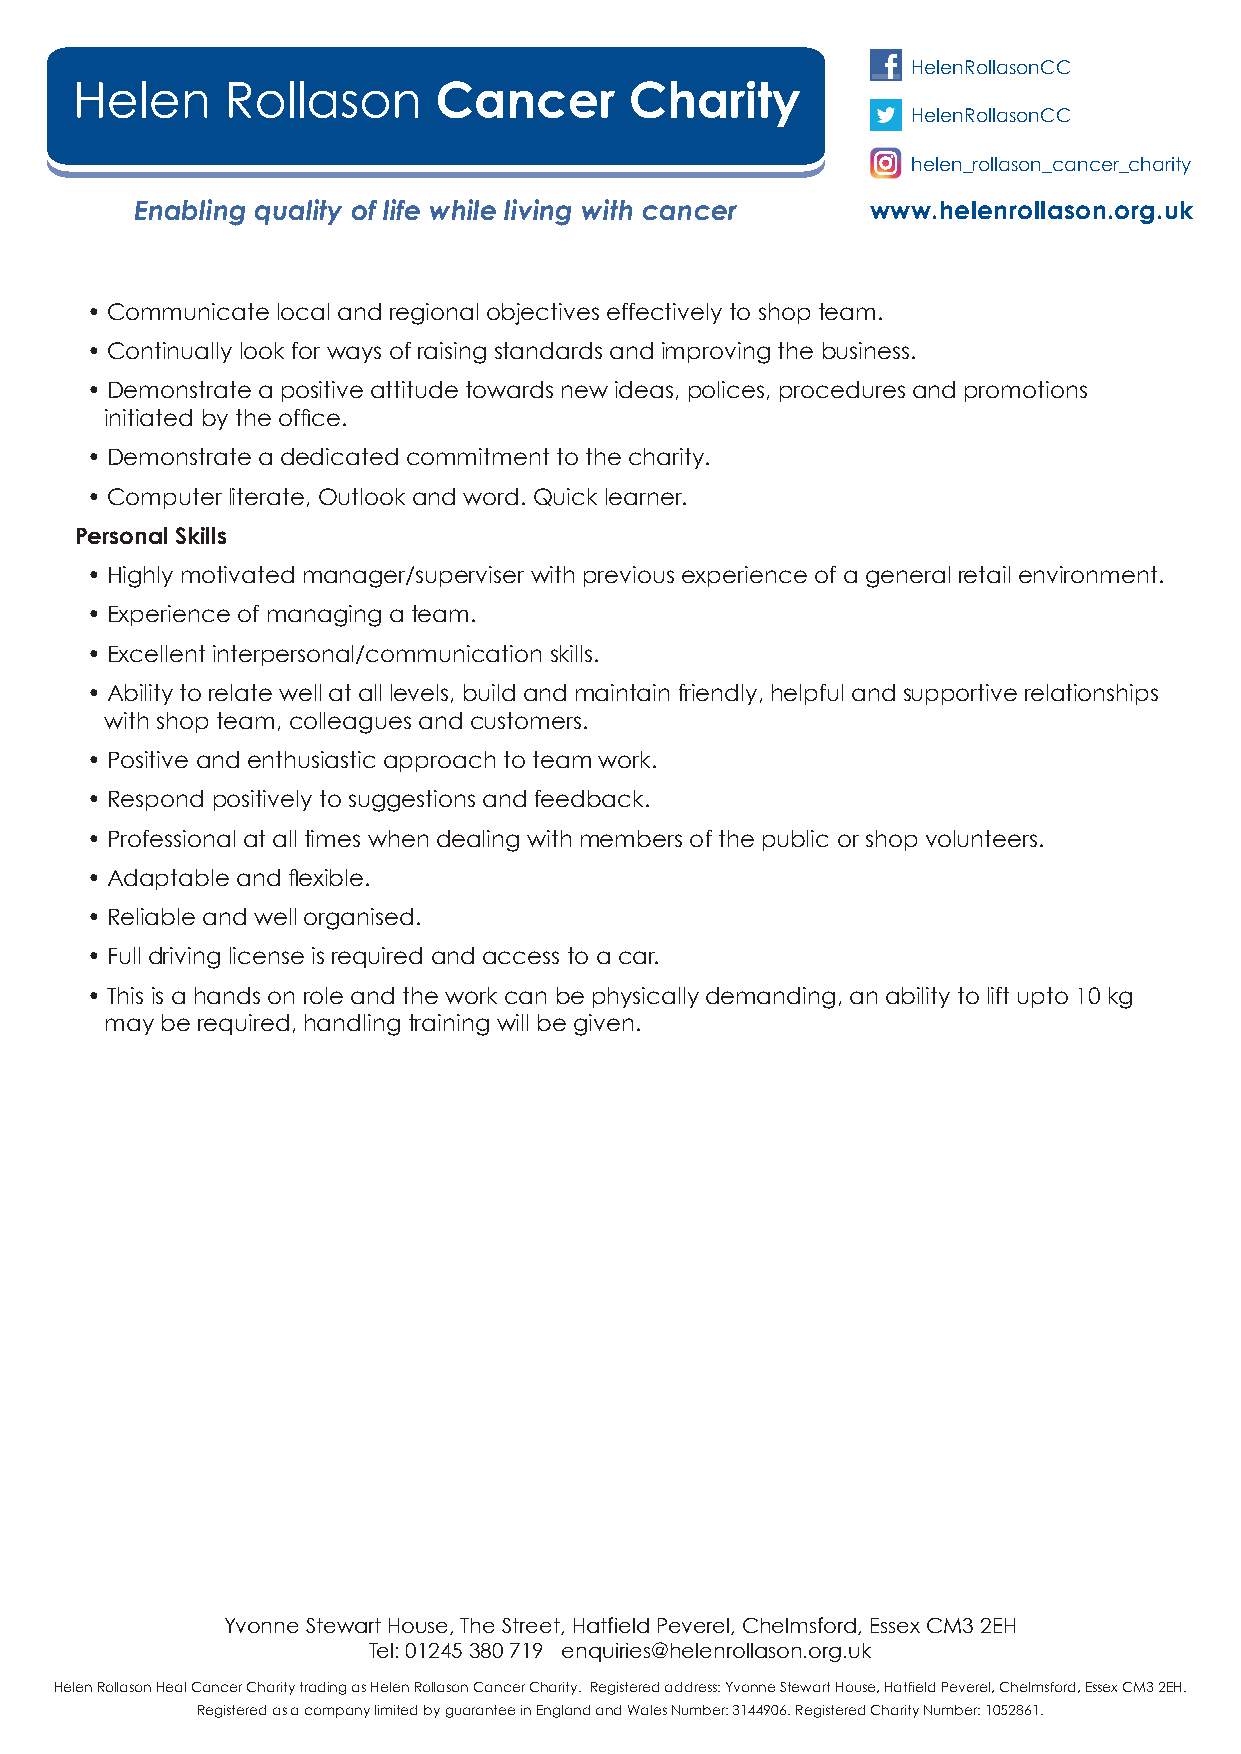
HelenRollasonCC
 HelenRollasonCC
 helen_rollason_cancer_charity
 Enabling quality of life while living with cancer www.helenrollason.org.uk
 • Communicate local and regional objectives effectively to shop team.
 • Continually look for ways of raising standards and improving the business.
 • Demonstrate a positive attitude towards new ideas, polices, procedures and promotions
 initiated by the office.
 • Demonstrate a dedicated commitment to the charity.
 • Computer literate, Outlook and word. Quick learner.
 Personal Skills
 • Highly motivated manager/superviser with previous experience of a general retail environment.
 • Experience of managing a team.
 • Excellent interpersonal/communication skills.
 • Ability to relate well at all levels, build and maintain friendly, helpful and supportive relationships
 with shop team, colleagues and customers.
 • Positive and enthusiastic approach to team work.
 • Respond positively to suggestions and feedback.
 • Professional at all times when dealing with members of the public or shop volunteers.
 • Adaptable and flexible.
 • Reliable and well organised.
 • Full driving license is required and access to a car.
 • This is a hands on role and the work can be physically demanding, an ability to lift upto 10 kg
 may be required, handling training will be given.
 Yvonne Stewart House, The Street, Hatfield Peverel, Chelmsford, Essex CM3 2EH
 Tel: 01245 380 719 enquiries@helenrollason.org.uk
 Helen Rollason Heal Cancer Charity trading as Helen Rollason Cancer Charity. Registered address: Yvonne Stewart House, Hatfield Peverel, Chelmsford, Essex CM3 2EH.
 Registered as a company limited by guarantee in England and Wales Number: 3144906. Registered Charity Number: 1052861.